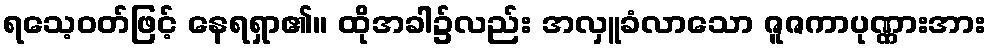
ရသေ့ဝတ်ဖြင့် နေရရှာ၏။ ထိုအခါ၌လည်း အလှူခံလာသော ဇူဇကာပုဏ္ဏားအား